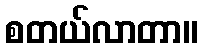
စတယ်လာတာ။